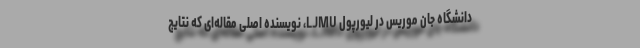
دانشگاه جان موریس در لیورپول LJMU، نویسنده اصلی مقاله‌ای که نتایج